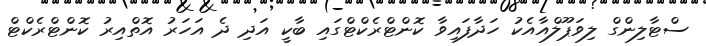
ސްޓާލިންގް ލިވަޕޫލްއާއެކު ހަދާފައިވާ ކޮންޓްރެކްޓްގައި ބާކީ އަދި ދެ އަހަރު އޮތްއިރު ކޮންޓްރެކްޓް